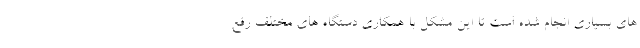
های بسیاری انجام شده است تا این مشکل با همکاری دستگاه های مختلف رفع